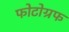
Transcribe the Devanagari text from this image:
फोटोग्रफ